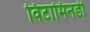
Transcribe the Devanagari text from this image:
विटामिनडी